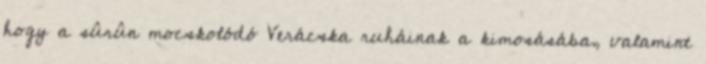
hogy a sûrûn mocskolódó Verácska ruháinak a kimosásába, valamint